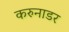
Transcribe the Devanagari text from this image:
करुनाडर